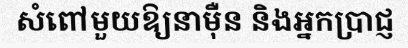
សំពៅមួយឱ្យនាម៉ឺន និងអ្នកប្រាជ្ញ